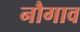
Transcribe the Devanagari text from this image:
नौगाव